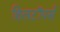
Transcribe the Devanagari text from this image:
हिलटॉपर्स